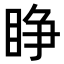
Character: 睁